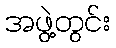
အဖွဲ့တွင်း